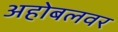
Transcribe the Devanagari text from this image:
अहोबलवर